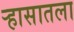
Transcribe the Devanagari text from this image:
र्‍हासातला